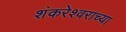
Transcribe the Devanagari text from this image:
शंकरेश्वराच्या